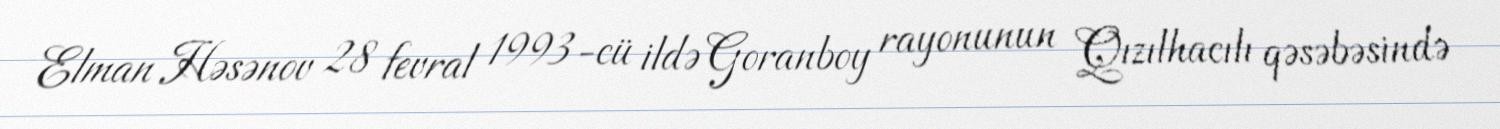
Elman Həsənov 28 fevral 1993-cü ildə Goranboy rayonunun Qızılhacılı qəsəbəsində